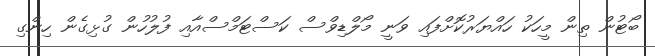
ބޯޓުން ތިން މީހަކު ހައްޔަރުކޮށްފައި ވަނީ މޯލްޑިވްސް ކަސްޓަމްސްއާއި ފުލުހުން ގުޅިގެން ހިންގި